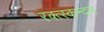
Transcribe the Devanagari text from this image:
रक्त्स्कन्दन